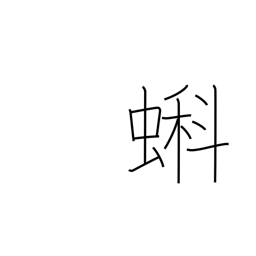
Meaning: tadpole